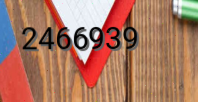
2466939